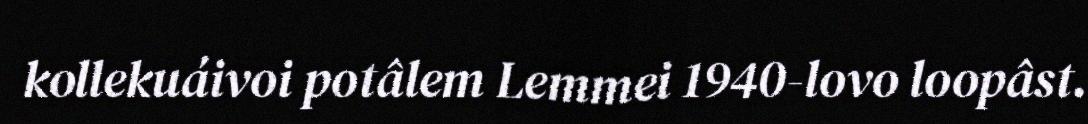
kollekuáivoi potâlem Lemmei 1940-lovo loopâst.